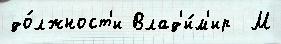
до́лжност'и Влад'и́м'ир  М